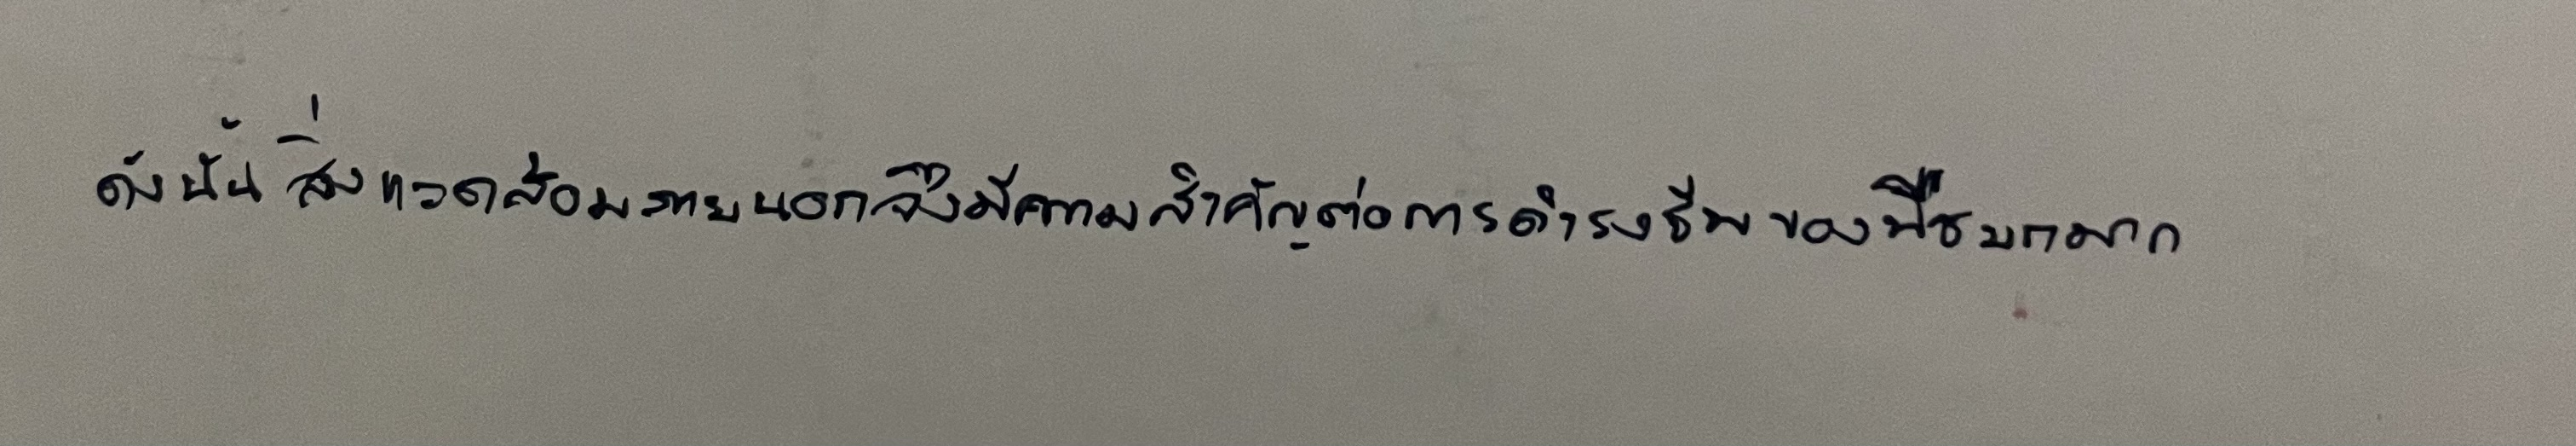
ดังนั้นสิ่งแวดล้อมภายนอกจึงมีความสำคัญต่อการดำรงชีพของพืชบกมาก